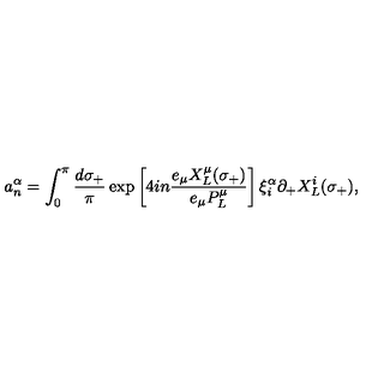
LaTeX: a _ { n } ^ { \alpha } = \int _ { 0 } ^ { \pi } \frac { d \sigma _ { + } } { \pi } \exp \left[ 4 i n \frac { e _ { \mu } X _ { L } ^ { \mu } ( \sigma _ { + } ) } { e _ { \mu } P _ { L } ^ { \mu } } \right] \xi _ { i } ^ { \alpha } \partial _ { + } X _ { L } ^ { i } ( \sigma _ { + } ) ,